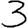
Digit: 3